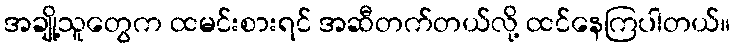
အချို့သူတွေက ထမင်းစားရင် အဆီတက်တယ်လို့ ထင်နေကြပါတယ်။